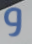
و